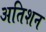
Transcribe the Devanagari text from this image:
अतिशन